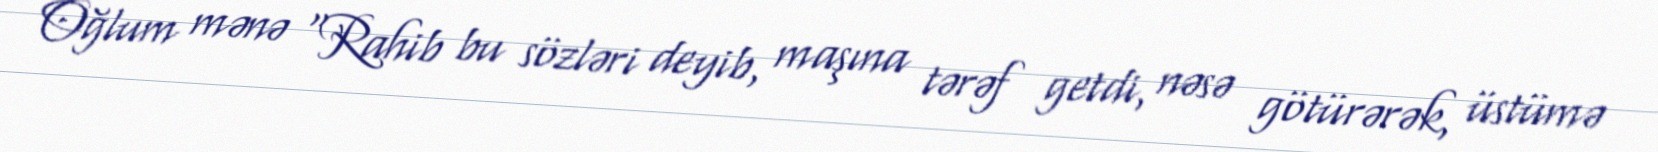
Oğlum mənə “Rahib bu sözləri deyib, maşına tərəf getdi, nəsə götürərək, üstümə